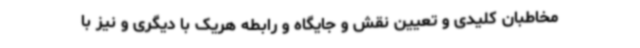
مخاطبان کلیدی و تعیین نقش و جایگاه و رابطه هریک با دیگری و نیز با